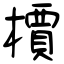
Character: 檟